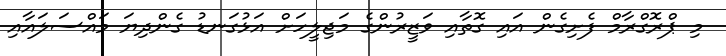
މި ޕްރޮގްރާމް ފެށިގެން އައި ގޮތާއި ވަޒީރުންގެ މަޖިލީހަށް އަޅުގަނޑު ގެންދިޔަ މައްސަލައާއި